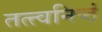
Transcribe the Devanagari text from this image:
तत्त्वनिष्ठं